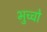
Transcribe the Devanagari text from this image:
भुच्चो